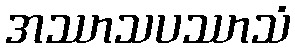
အဿာသပဿာသံ